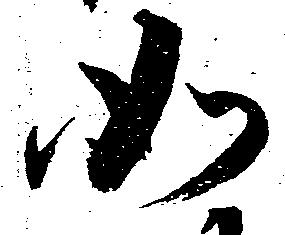
如